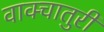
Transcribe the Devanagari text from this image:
वाक्चातुरी